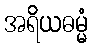
အရိယဓမ္မံ